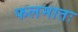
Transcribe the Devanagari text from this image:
फलमातः